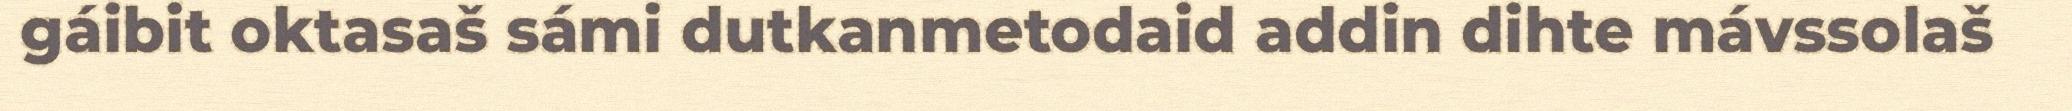
gáibit oktasaš sámi dutkanmetodaid addin dihte mávssolaš